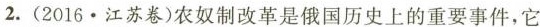
2.(2016.江苏卷)农奴制改革是俄国历史上的重要事件，它